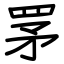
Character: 罞